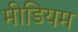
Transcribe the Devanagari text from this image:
मीडियम